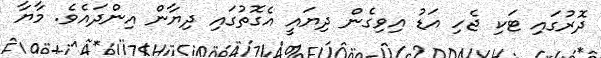
ދޮރުގައި ޓަކި ޖެހި އަޑު އިވިގެން ދިޔައީ އެގޮތުގައި ދިޔާން އިންދައެވެ. މާޔާ